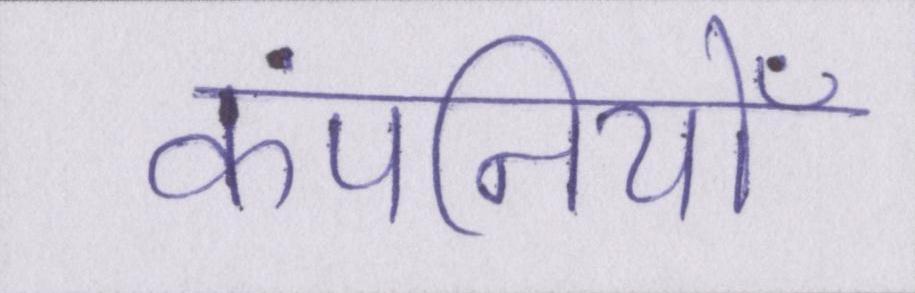
कंपनियोँ